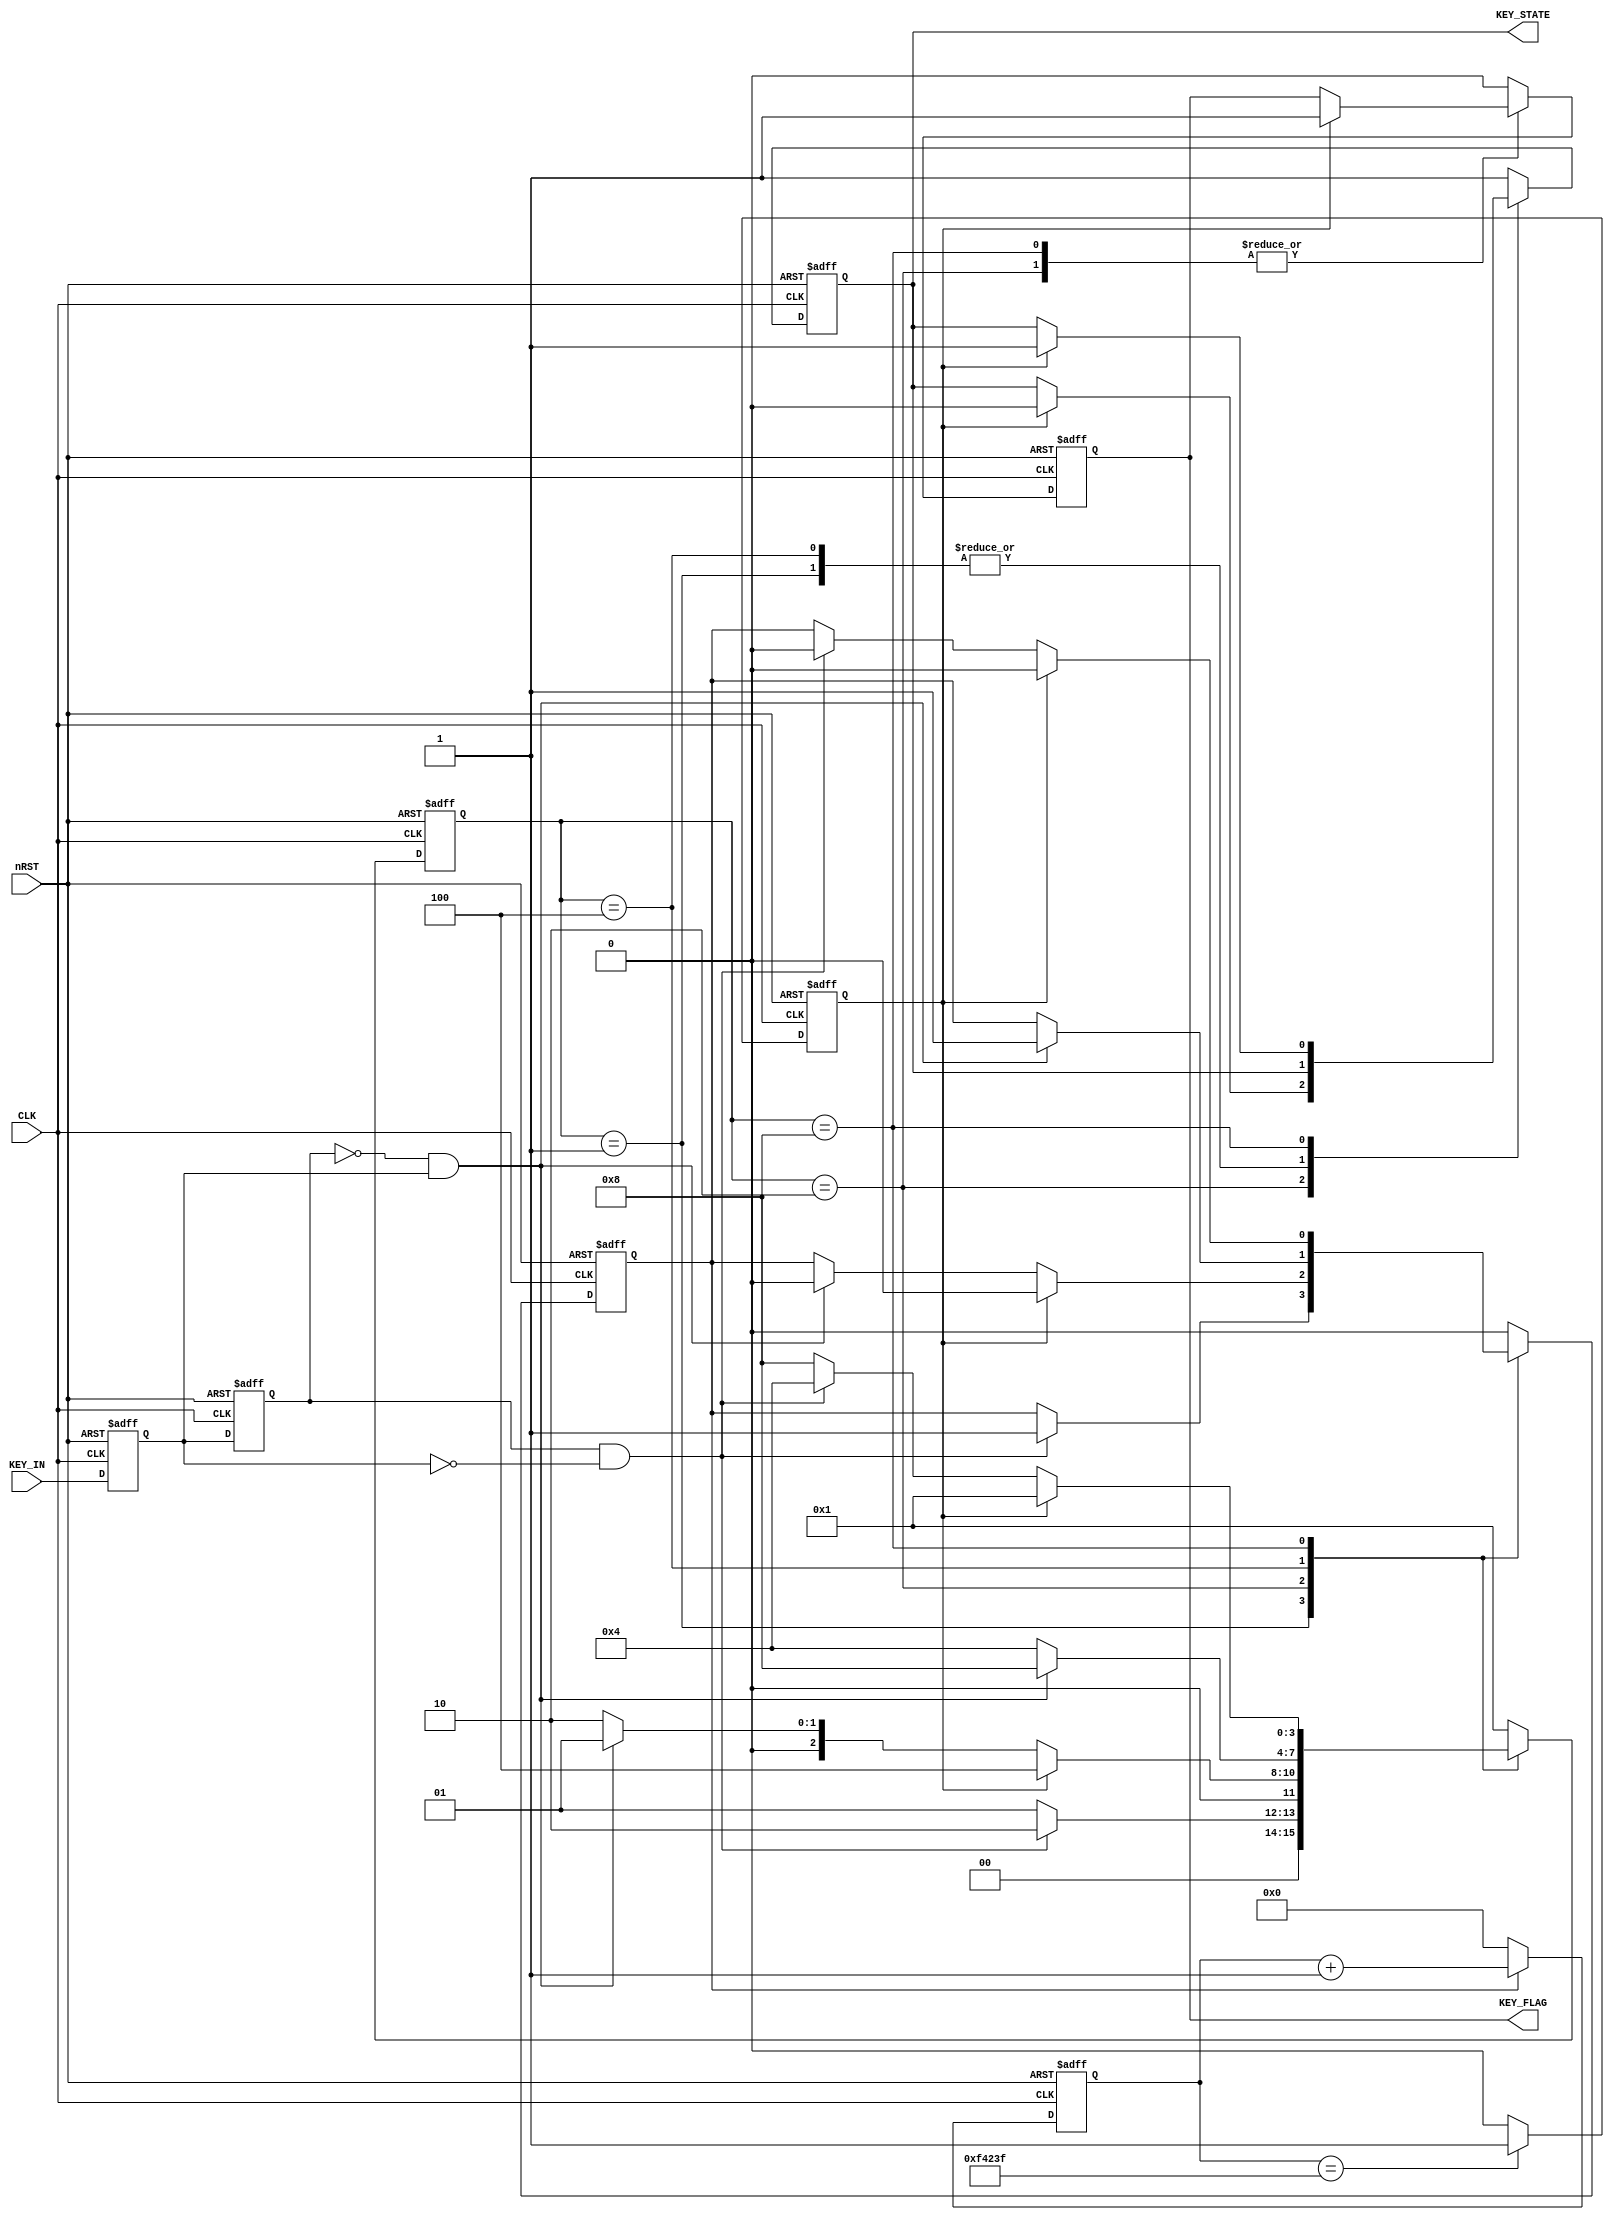
//***************************************************************************
//,
//
//
//:Ray
//:2021-4-24
//***************************************************************************
module KeyPress(
	CLK,
	nRST,
	KEY_IN,
	KEY_FLAG,
	KEY_STATE
);
	input CLK;
	input nRST;
	input KEY_IN;
	
	output reg KEY_FLAG;			// 
	output reg KEY_STATE;
	
	reg key_a, key_b;
	reg en_cnt, cnt_full;
	reg [3:0]state;
	reg [19:0]cnt;
	wire flag_H2L, flag_L2H;
	
	//
	//
	localparam
		Key_up			=	4'b0001,
		Filter_Up2Down	=	4'b0010,
		Key_down			=	4'b0100,
		Filter_Down2Up	=	4'b1000;
		
	//==============//
	always @(posedge CLK or negedge nRST)
		if(!nRST)
			begin
				key_a <= 1'b0;
				key_b <= 1'b0;
			end
		else
			begin
				key_a <= KEY_IN;
				key_b <= key_a;
			end
	assign flag_H2L = key_b && (!key_a);
	assign flag_L2H = (!key_b) && key_a;
	
	//======================//
	always @(posedge CLK or negedge nRST)
		if(!nRST)
			cnt <= 1'b0;
		else if(en_cnt)
			cnt <= cnt + 1'b1;
		else
			cnt <= 1'b0;
			
	//==========================//
	always @(posedge CLK or negedge nRST)
		if(!nRST)
			cnt_full <= 1'b0;
		else if(cnt == 20'd999_999)
			cnt_full <= 1'b1;
		else
			cnt_full <= 1'b0;
	
	//=========================//
	always @(posedge CLK or negedge nRST)
		if(!nRST)
			begin
				en_cnt <= 1'b0;
				state <= Key_up;
				KEY_FLAG <= 1'b0;
				KEY_STATE <= 1'b1;
			end
		else
			case(state)
				//
				Key_up: begin 
					KEY_FLAG <= 1'b0;
					if(flag_H2L) begin
						state <= Filter_Up2Down;
						en_cnt <= 1'b1;
					end
					else
						state <= Key_up;							
				end
				//	
				Filter_Up2Down: begin
					if(cnt_full) begin
						en_cnt <= 1'b0;
						state <= Key_down;
						KEY_STATE <= 1'b0;
						KEY_FLAG <= 1'b1;
					end
					else if(flag_L2H) begin
						en_cnt <= 1'b0;
						state <= Key_up;
					end
					else
						state <= Filter_Up2Down;
				end
				//
				Key_down: begin
					KEY_FLAG <= 1'b0;
					if(flag_L2H) begin
						state <= Filter_Down2Up;
						en_cnt <= 1'b1;
					end
					else 
						state <= Key_down;
				end
				//
				Filter_Down2Up: begin
					if(cnt_full) begin
						en_cnt <= 1'b0;
						state <= Key_up;
						KEY_FLAG <= 1'b1;
						KEY_STATE <= 1'b1;
					end
					else if(flag_H2L) begin
						en_cnt <= 1'b0;
						state <= Key_down;
					end						
					else
						state <= Filter_Down2Up;
				end
				//
				default: begin
					en_cnt <= 1'b0;
					state <= Key_up;
					KEY_FLAG <= 1'b0;
					KEY_STATE <= 1'b1;
				end
			endcase	
endmodule